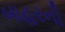
બાહરની